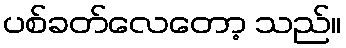
ပစ်ခတ်လေတော့ သည်။